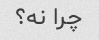
چرا نه؟